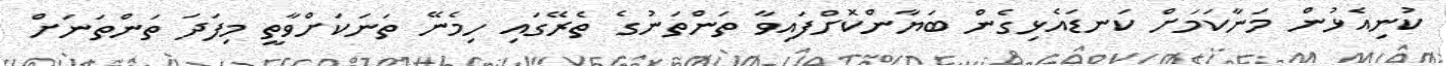
ކުނިއެޅުން މަނާކަމަށް ކަނޑައެޅިގެން ބަޔާންކޮށްފައިވާާ ތަންތަނުގެ ތެރޭގައި ހިމެނޭ ތަނަކަށްވާތީ މިފަދަ ތަންތަނަށް